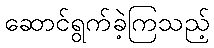
ဆောင်ရွက်ခဲ့ကြသည့်